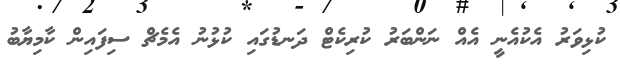
ކުޅިވަރު އެކުއެނީ އެއް ނަންބަރު ކުރިކެޓް ދަނޑުގައި ކުޅުނު އެމެޗް ސިފައިން ކާމިޔާބު